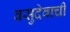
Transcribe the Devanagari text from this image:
वसुदेवाची